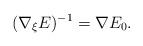
LaTeX: \begin{align*}(\nabla _\xi E)^{-1} = \nabla E_0.\end{align*}